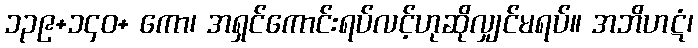
၁၃၉+၁၄၀+ ကော၊ အရှင်ကောင်းရပ်လင့်ဟုဆိုလျှင်မရပ်။ အဘိဟဋံ၊